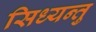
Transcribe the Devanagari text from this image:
सिध्यन्तु